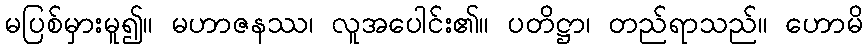
မပြစ်မှားမူ၍။ မဟာဇနဿ၊ လူအပေါင်း၏။ ပတိဋ္ဌာ၊ တည်ရာသည်။ ဟောမိ